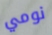
نومي